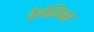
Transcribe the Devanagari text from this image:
वैलेरिअस